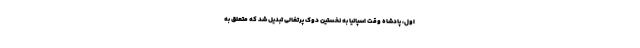
اول، پادشاه وقت اسپانیا به نخستین دوک پرتغالی تبدیل شد که متعلّق به